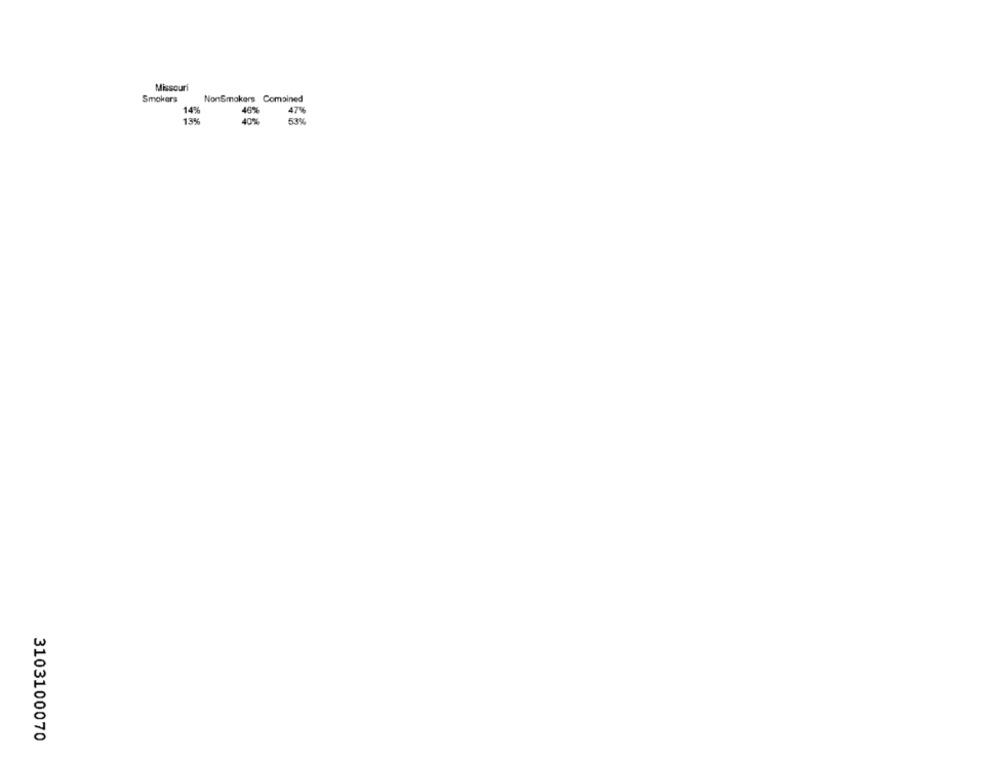
Missouri
Smokers
NonSmokers Combined
14%
40%
47%
13%
40%
53%
3103100070